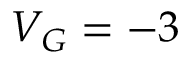
V _ { G } = - 3